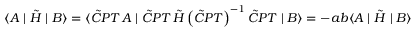
\langle A \mid \tilde { H } \mid B \rangle = \langle \tilde { C } P T \, A \mid \tilde { C } P T \, \tilde { H } \left( \tilde { C } P T \right) ^ { - 1 } \tilde { C } P T \mid B \rangle = - a b \langle A \mid \tilde { H } \mid B \rangle